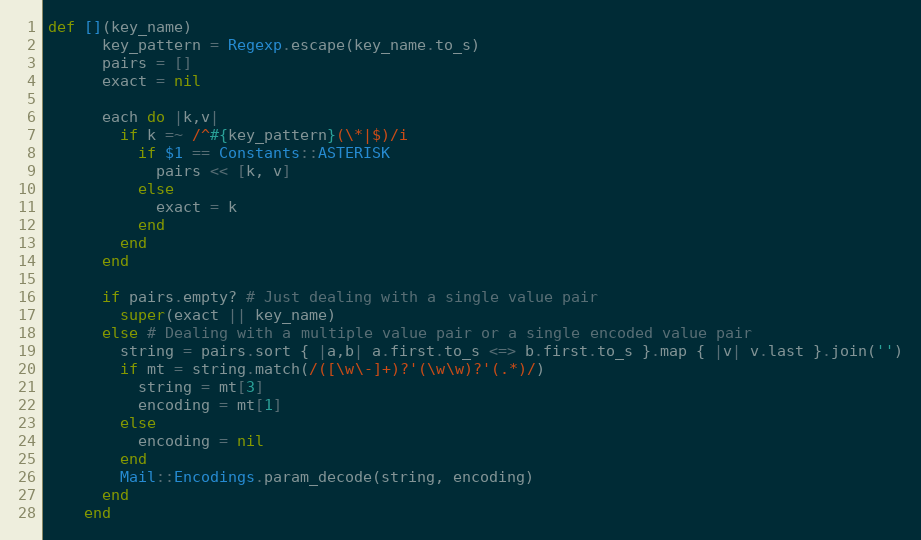
Language: Ruby
def [](key_name)
      key_pattern = Regexp.escape(key_name.to_s)
      pairs = []
      exact = nil

      each do |k,v|
        if k =~ /^#{key_pattern}(\*|$)/i
          if $1 == Constants::ASTERISK
            pairs << [k, v]
          else
            exact = k
          end
        end
      end

      if pairs.empty? # Just dealing with a single value pair
        super(exact || key_name)
      else # Dealing with a multiple value pair or a single encoded value pair
        string = pairs.sort { |a,b| a.first.to_s <=> b.first.to_s }.map { |v| v.last }.join('')
        if mt = string.match(/([\w\-]+)?'(\w\w)?'(.*)/)
          string = mt[3]
          encoding = mt[1]
        else
          encoding = nil
        end
        Mail::Encodings.param_decode(string, encoding)
      end
    end